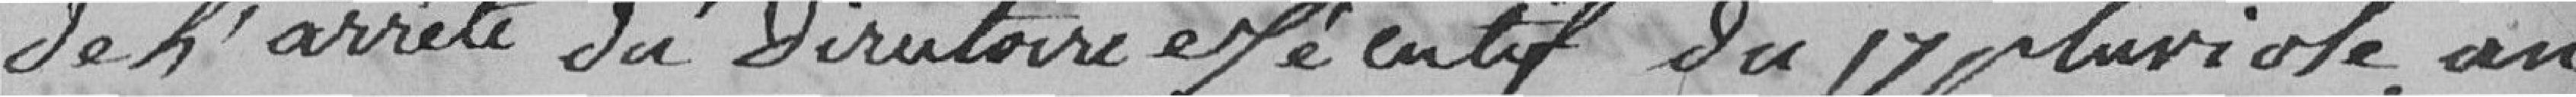
de L'arreté du directoire spécifique du 17 pluviose, an